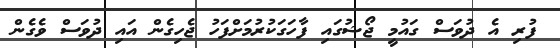
ފުރި އެ ދުވަސް ގައުމީ ޖޯޝުގައި ފާހަގަކުރުމަށްފަހު ޖެހިގެން އައި ދުވަސް ވެގެން